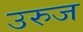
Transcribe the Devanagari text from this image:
उरुज